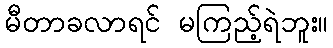
မီတာခလာရင် မကြည့်ရဲဘူး။